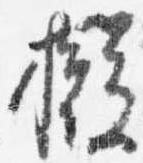
擬